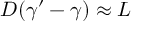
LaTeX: D ( \gamma ^ { \prime } - \gamma ) \approx L